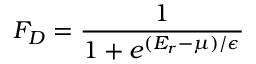
F _ { D } = \frac { 1 } { 1 + e ^ { ( E _ { r } - \mu ) / \epsilon } }